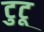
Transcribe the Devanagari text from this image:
टुटू